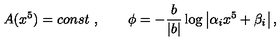
A ( x ^ { 5 } ) = c o n s t \ , \qquad \phi = - \frac { b } { | b | } \log \left| \alpha _ { i } x ^ { 5 } + \beta _ { i } \right| ,